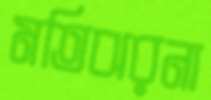
মতিঝরনা